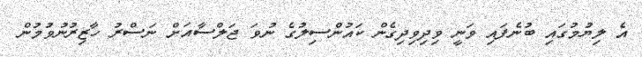
އެ ލިޔުމުގައި ބުނެފައި ވަނީ ވިދިވިދިގެން ކައުންސިލުގެ ނުވަ ޖަލްސާއަށް ނަސްރު ހާޒިރުނުވުމުން